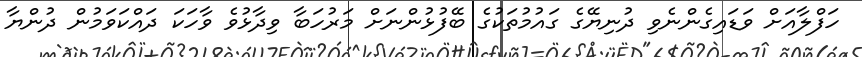
ހަފްލާއަށް ވަޑައިގެންނެވި ދުނިޔޭގެ ގައުމުތަކުގެ ބޭފުޅުންނަށް މަރުހަބާ ވިދާޅުވެ ވާހަކަ ދައްކަވަމުން ދުންޔާ